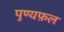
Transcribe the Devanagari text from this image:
पुण्यफ़ल